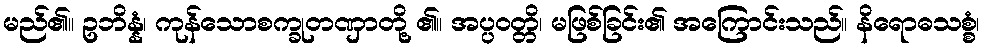
မည်၏။ ဥဘိန္နံ၊ ကုန်သောစက္ခုတဏှာတို့ ၏။ အပ္ပဝတ္တိ၊ မဖြစ်ခြင်း၏ အကြောင်းသည်။ နိရောဓသစ္စံ၊